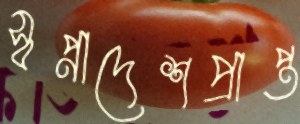
স্বপ্নাদেশপ্রাপ্ত